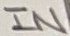
Text: IN